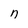
Character: n